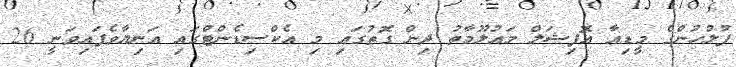
ފުލުހުންގެ މީޑިއާ އޮފިޝަލް މައުލޫމާތު ދިން ގޮތުގައި މި އެކްސިޑެންޓްގައި އަނިޔާވެފައިވަނީ 26